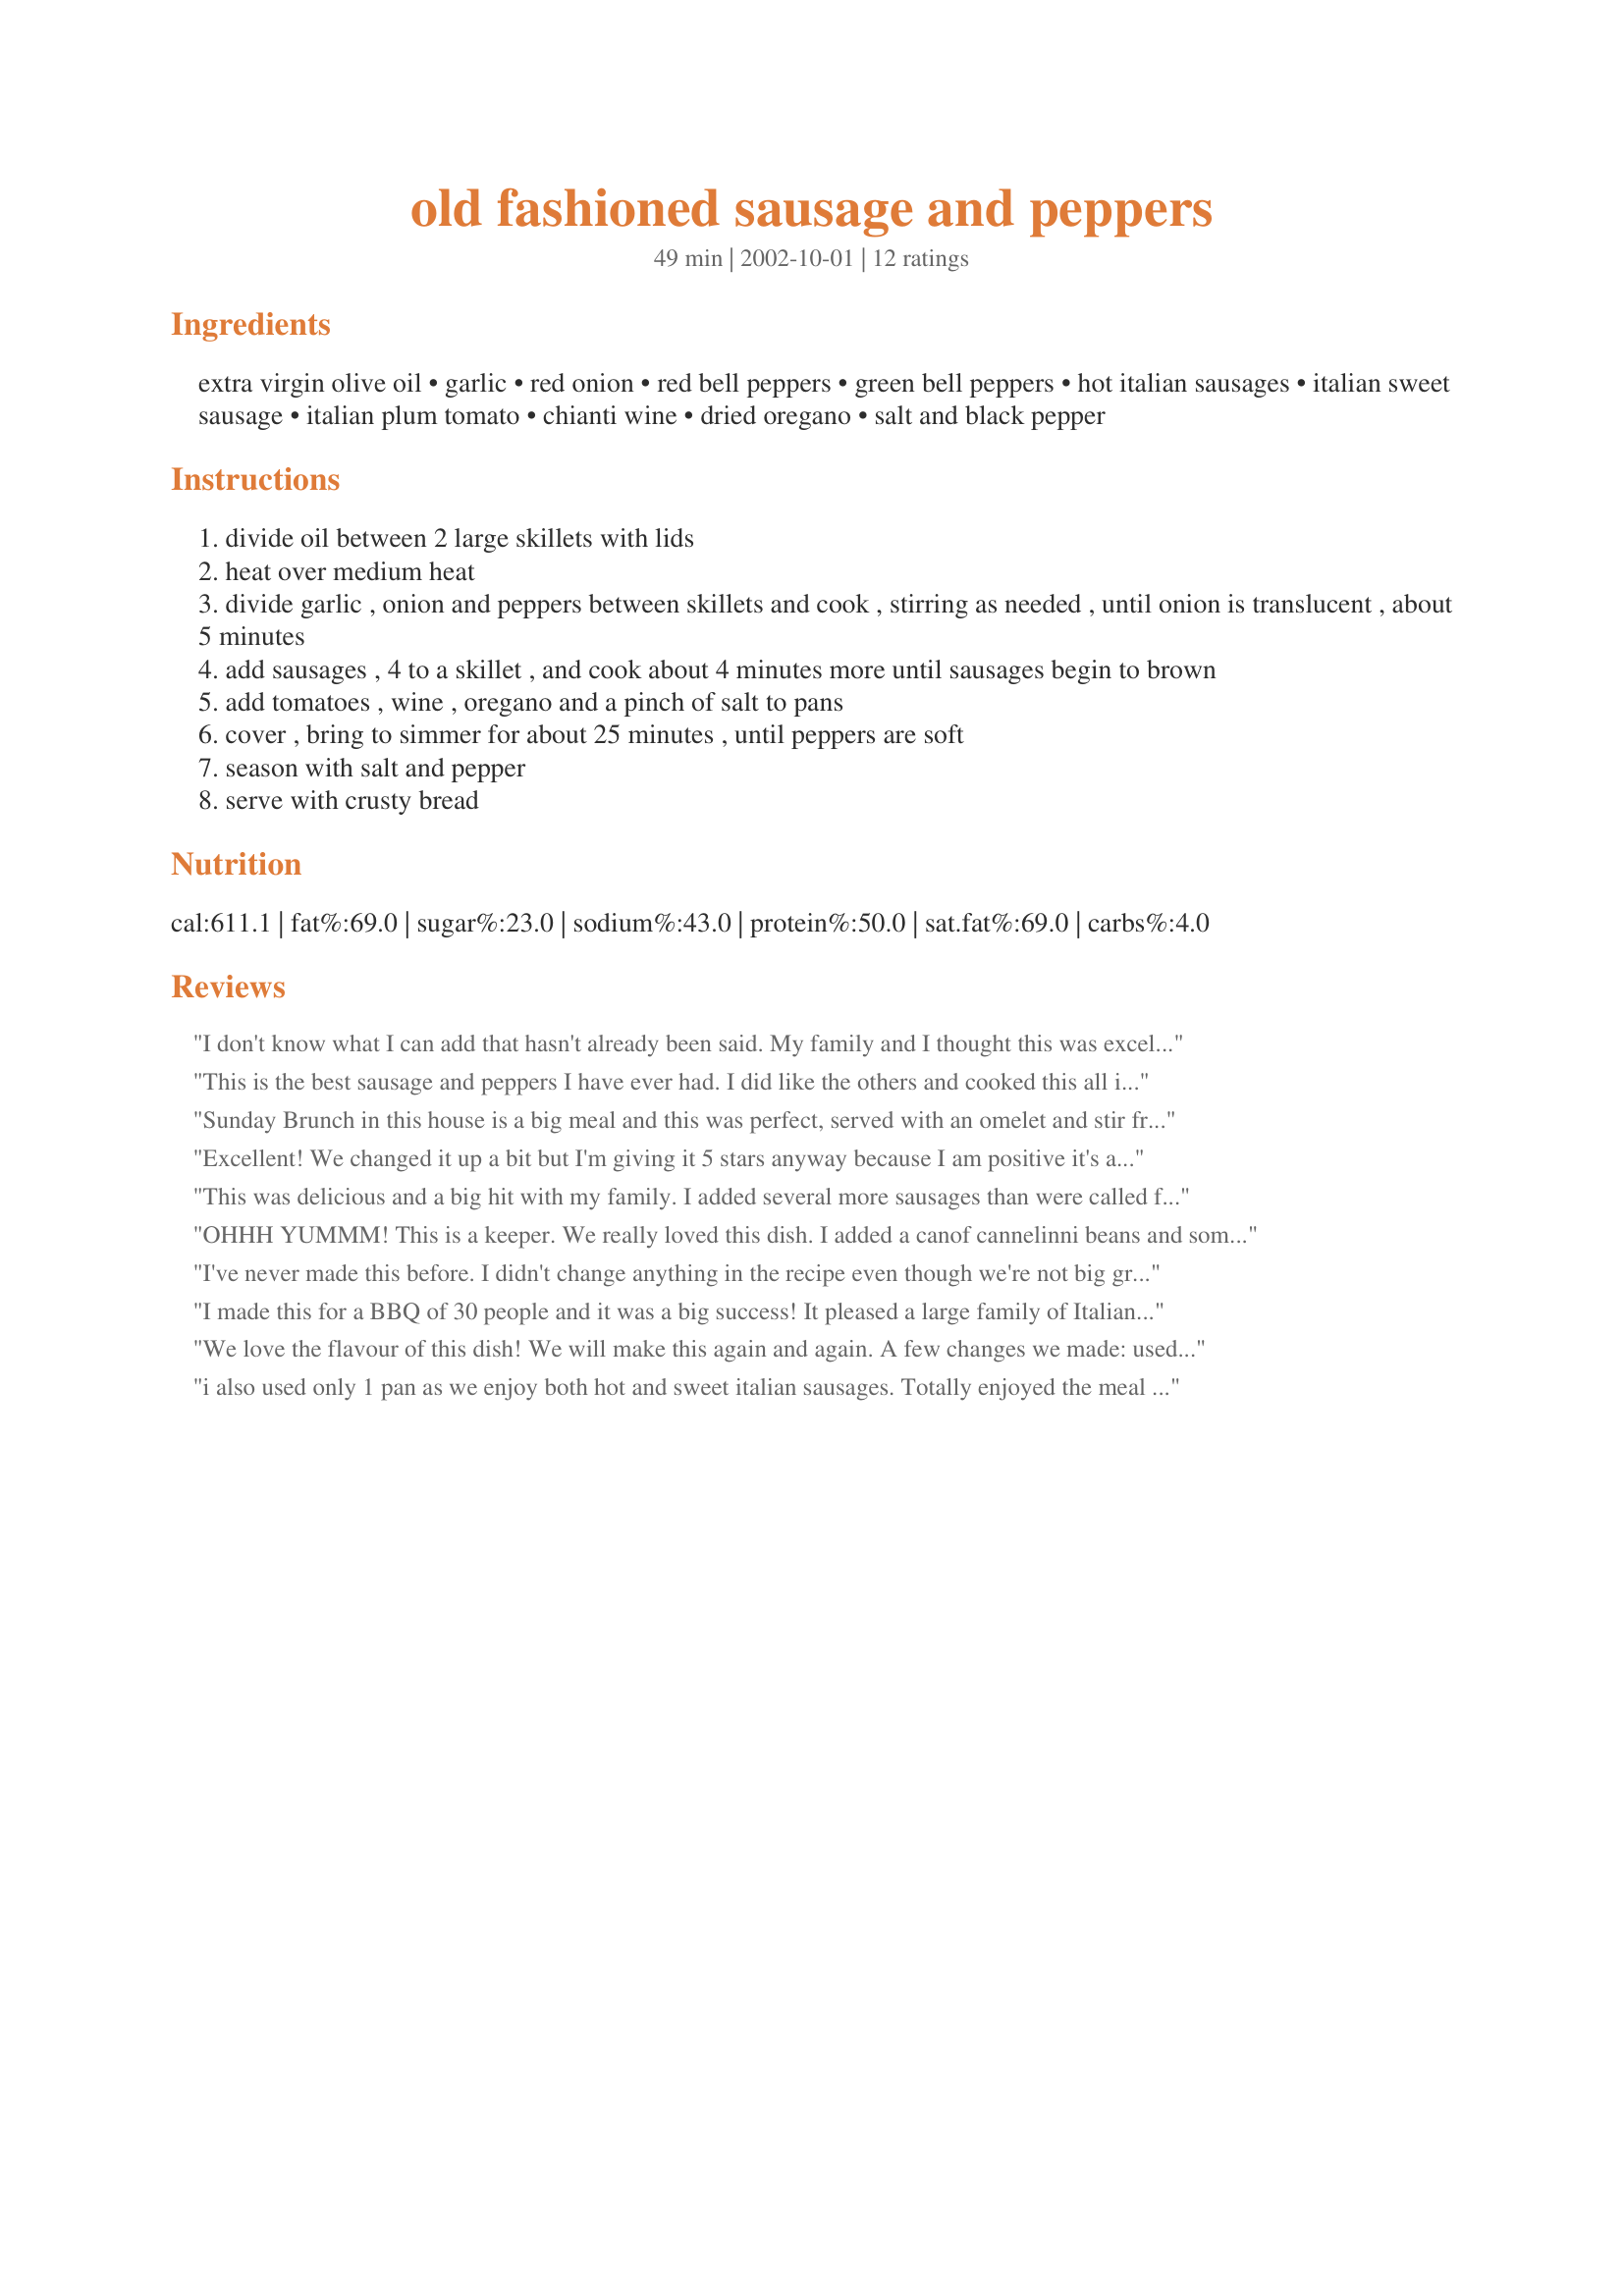
old fashioned sausage and peppers
Preparation time: 49 minutes

Ingredients:
extra virgin olive oil, garlic, red onion, red bell peppers, green bell peppers, hot italian sausages, italian sweet sausage, italian plum tomato, chianti wine, dried oregano, salt and black pepper

Steps:
divide oil between 2 large skillets with lids
heat over medium heat
divide garlic , onion and peppers between skillets and cook , stirring as needed , until onion is translucent , about 5 minutes
add sausages , 4 to a skillet , and cook about 4 minutes more until sausages begin to brown
add tomatoes , wine , oregano and a pinch of salt to pans
cover , bring to simmer for about 25 minutes , until peppers are soft
season with salt and pepper
serve with crusty bread

Reviews:
I don't know what I can add that hasn't already been said. My family and I thought this was excellent. I also cooked all the ingredients in one big pan and thought the flavor of the two sausages was better together than it would have been if they were cooked separately. Served with a hot loaf of Italian bread. Just wonderful. Thanks Dancer^.
This is the best sausage and peppers I have ever had. I did like the others and cooked this all in one pan. I doubled the garlic but that is the only increase I made. I liked the flavor of both the hot and sweet Italian sausage and they went well together. I served this with Italian bread, salad, and the rest of the Chianti. YUM
 Sunday Brunch in this house is a big meal and this was perfect, served with an omelet and stir fries Jeruselum Artichokes with leeks (new recipe not yet posted) and crust baguette slices. I cut the amounts way back because there were only 3 of us. I confess I only used one pan but the flavors blended beautifully - Thanks Dancer another winner —
Added comments: I made this again for supper and I made a mistake I used Vegetarian Hot Italian Sausages - It was nowhere near as tasty as last time - I posted this comment as a caution - follow the recipe. Also I used white onions they worked well,

Excellent! We changed it up a bit but I'm giving it 5 stars anyway because I am positive it's a great recipe. We used all hot Italian Sausages, and yellow and red bell peppers. The other change was canned diced tomatoes because that was what we had on hand. We also added mushrooms (excellent addition if you like them). The basic recipe leaves room for some wonderful investigation. I would definitely suggest you try this recipe!
This was delicious and a big hit with my family. I added several more sausages than were called for and cooked this entirely in one enormous skillet rather than two. By mistake, I added the entire 16 oz. can of crushed Italian plum tomatoes, instead of just 1 cup. This error added so much extra liquid that I just let it simmer, uncovered, for quite some time to reduce the sauce. Actually this just made it all the more flavorful. I also added some fennel seed, a spice which perhaps surprisingly works really well with Italian sausages. I will make this again. Thanks Dancer^!
OHHH YUMMM! This is a keeper. We really loved this dish. I added a canof cannelinni beans and some mozzarella cheese. Thanks for a taste treat. : . }
I've never made this before. I didn't change anything in the recipe even though we're not big green pepper fans. My whole family loved it. I started with homemade sausage I'd been given. Very flavorful.
I made this for a BBQ of 30 people and it was a big success! It pleased a large family of Italian Americans and since I'm a (mostly) Polish cook, that's saying something! I increased the ingredients to make enough sauce for 12 lbs. sausage (both sweet and hot). I used a whole bottle of chianti (paisano) and two cans crushed plum tomatoes (28 oz.) as well as the same size can of tomato sauce. And, of course, I added extra peppers and went with vidalia onions.
We love the flavour of this dish! We will make this again and again.
A few changes we made: used yellow onions instead of red and omitted the sweet sausage. We also like to saute the onions for quite a while before adding the peppers --seems to bring out the onion flavour a bit more as the peppers tend to add a lot of moisture.
Overall, delicious!!!!
i also used only 1 pan as we enjoy both hot and sweet italian sausages. Totally enjoyed the meal and it would be perfect to bring to a covered dish. DH said it was the best sausage and peppers he ever ate. Must be the chianti wine that made it a winner. Thanks for posting.
Really wonderful. Even my picky daughter liked it, despite the peppers and onions, which she usually won't touch. I served it with white rice, and used a not-too-dry red wine because I didn't have Chianti.
All good.
FANTASTIC! My husband, who normally just tolerates Italian Sausage, LOVED this! Acutally, we all did...it's delicious! I used a sweet Italian sausage coil that I cut into bun sized pieces, and I too used a whole can of crushed tomato. I can't wait to make this again and again...THANK YOU for sharing this recipe! Mmmmmm....
